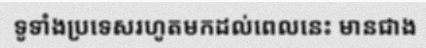
ទូទាំងប្រទេសរហូតមកដល់ពេលនេះ មានជាង